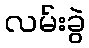
လမ်းခွဲ